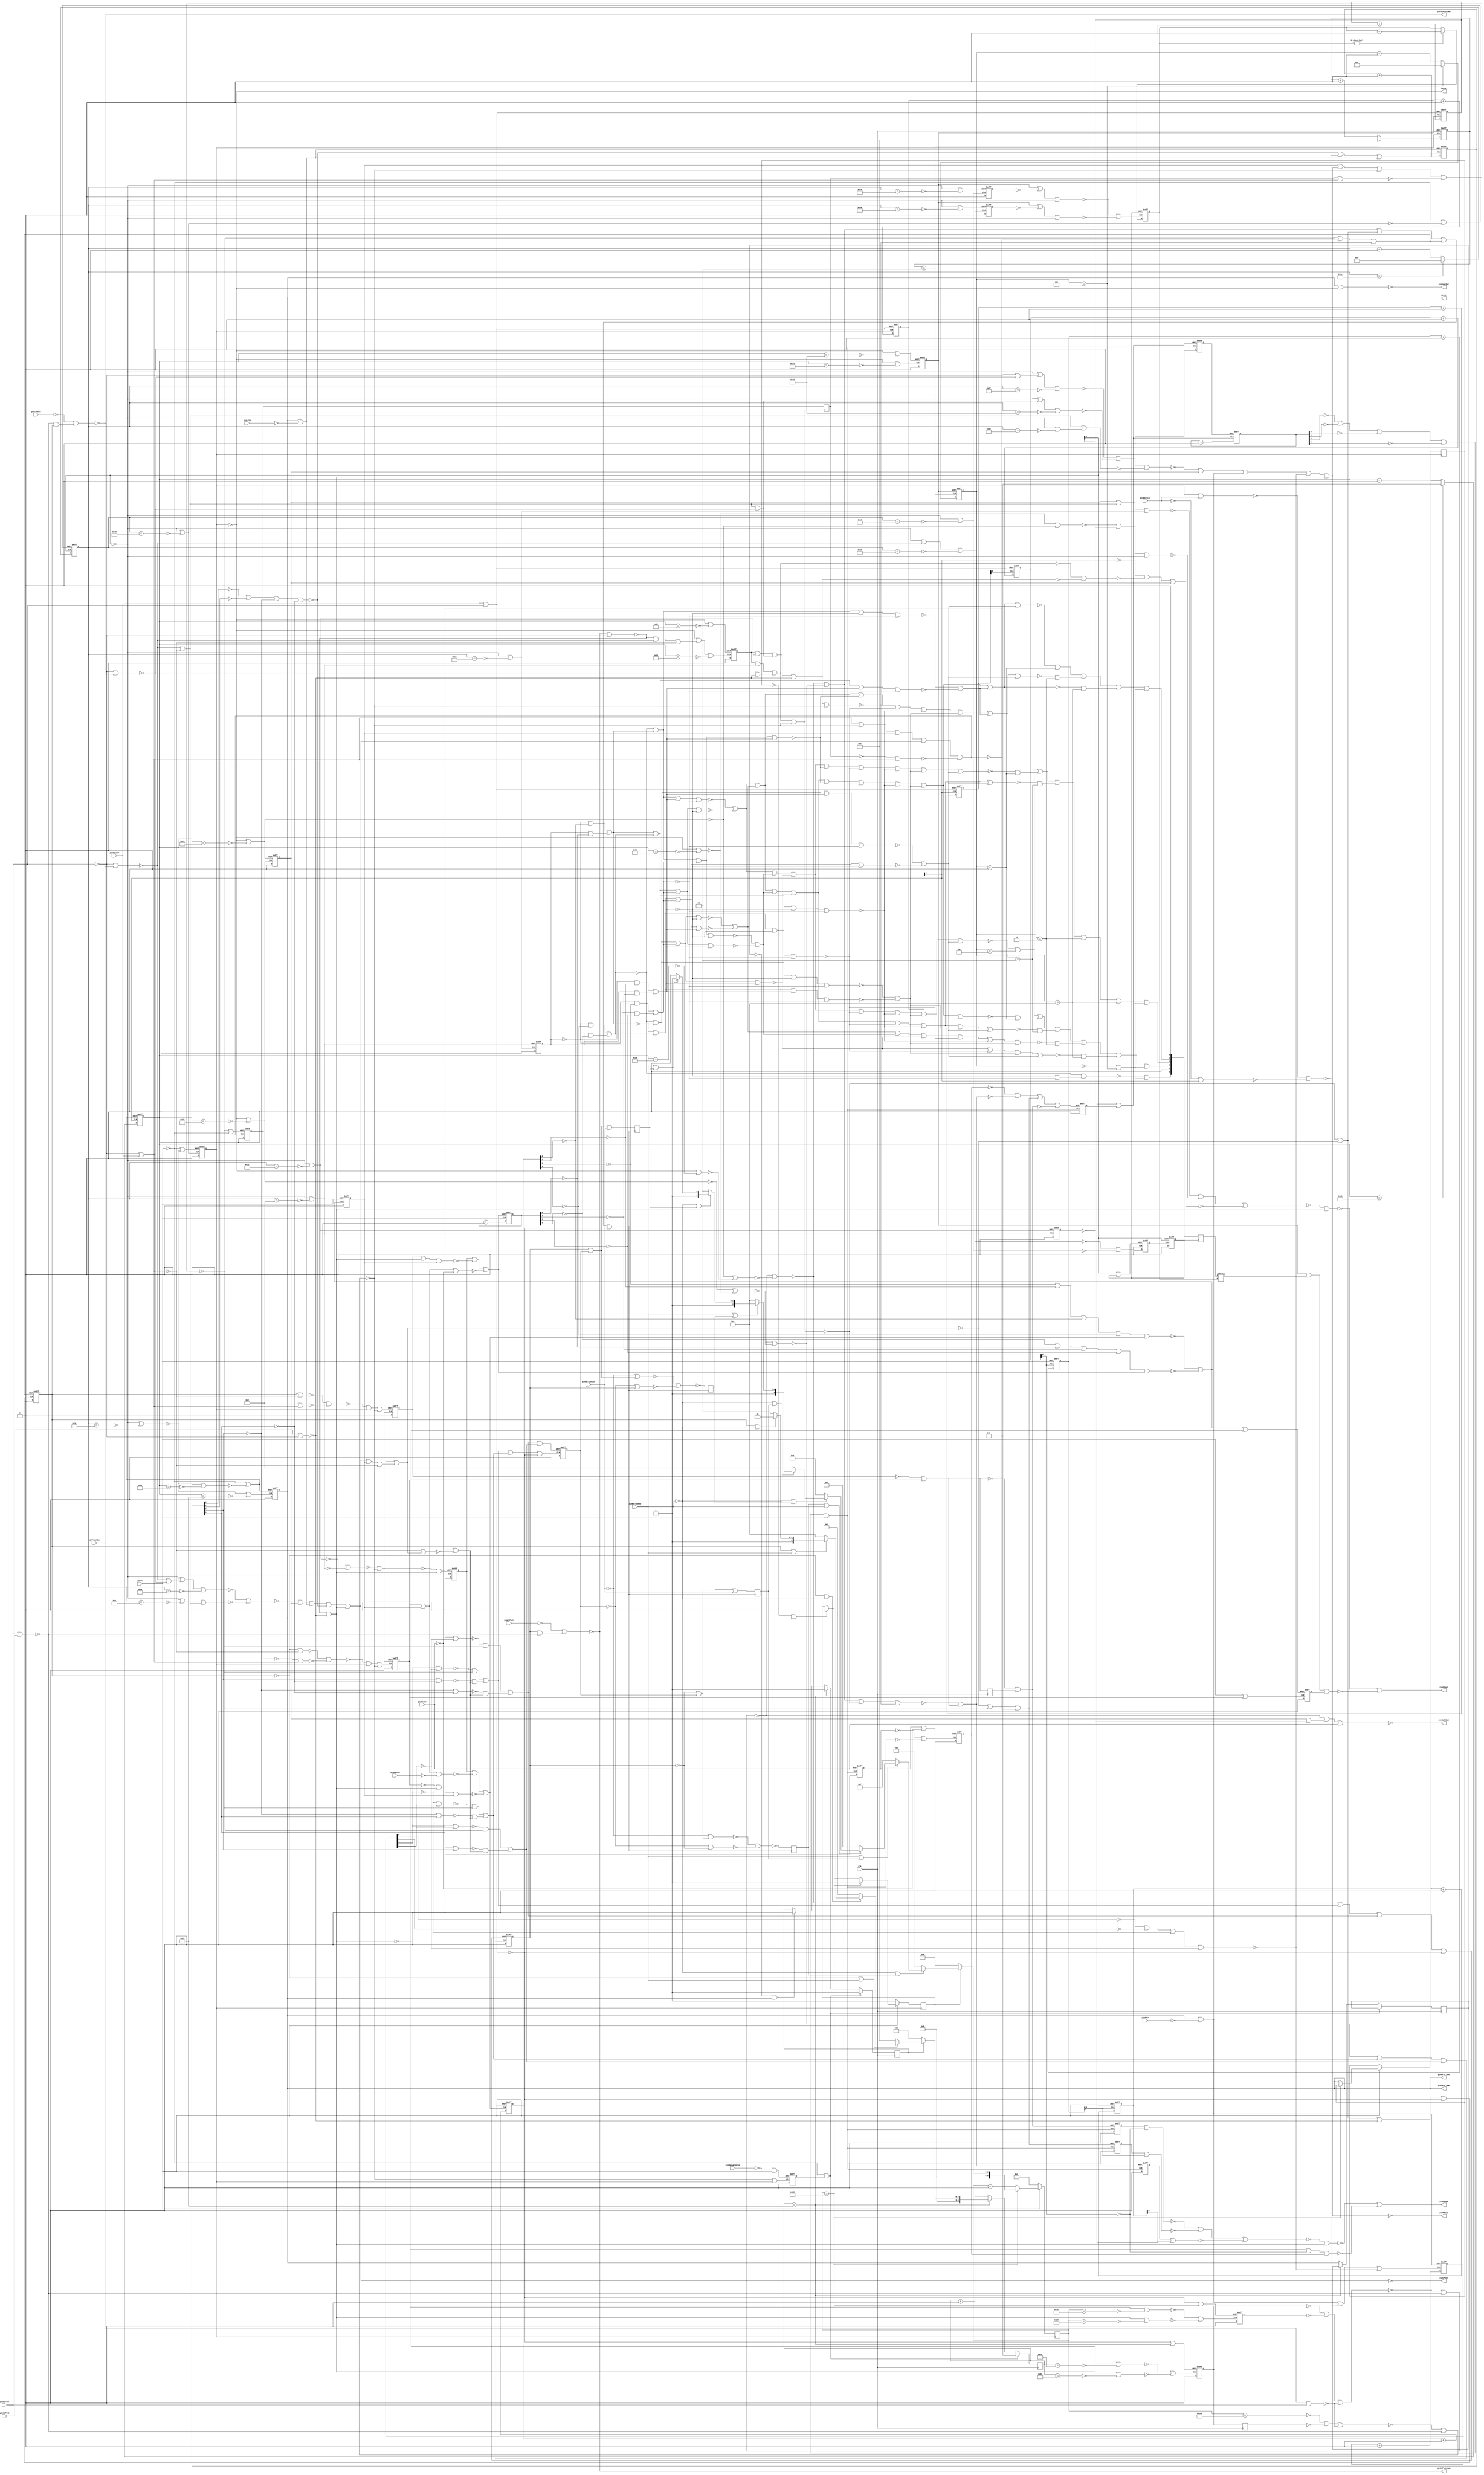
module ay38500NTSC(
	output pinRPout,
	output pinLPout,
	output pinBallOut,
	input pinManualServe,
	output pinRPin_DWN,
	input pinRPin,
	input pinBallAngle,
	output pinLPin_DWN,
	input pinLPin,
	input pinBatSize,
	input pinBallSpeed,
	output pinSyncOut,
	output pinSound,
	input clk,
	input pinHitIn,
	output pinRifle1_DWN,
	input pinRifle1,
	input pinRifle2,
	input pinShotIn,
	output pinTennis_DWN,
	input pinTennis,
	output pinSFout,
	input pinSoccer,
	input pinSquash,
	input pinPractice,
	input reset,
        output vsync,
        output hsync);

	assign vsync = flop6;
	assign hsync=  !flop7;

	assign pinRPout = !or28;
	assign pinLPout = !or38;
	assign pinBallOut = !or2;
	assign pinRPin_DWN = flop6;//MC: The ORs were bypassed 
	assign pinLPin_DWN = flop6;
	assign pinSyncOut = !or56;
	assign pinSound = or69;
	assign pinRifle1_DWN = !or150;
	assign pinTennis_DWN = !or211;
	assign pinSFout = or212;
	wire pulser0 = flop6;
	wire pulser1 = (!or170 | pulser1_delay);
	reg pulser1_delay = 0;
	always @(negedge clk) begin
		pulser1_delay <= or170;
	end
	reg flop0 = 0;
	always @(posedge clk) begin
		flop0 <= flop2;
	end
	reg flop1 = 0;
	wire flop1_reset = !or213 | counter5_2268;
	wire flop1_set = !or3 | !or6;
	always @(posedge flop1_reset or posedge flop1_set) begin
		if(flop1_reset)
			flop1 <= 0;
		else
			flop1 <= 1;
	end
	reg flop2 = 0;
	wire flop2_reset = !or213 | counter4_2130;
	wire flop2_set = !or18 | !or19;
	always @(posedge flop2_reset or posedge flop2_set) begin
		if(flop2_reset)
			flop2 <= 0;
		else
			flop2 <= 1;
	end
	reg flop3 = 0;
	wire flop3_reset = !or4;
	wire flop3_set = !pinManualServe & reset;//MC: set/reset priority have been reversed + reset added to flop3_set's OR
	always @(posedge flop3_set or posedge flop3_reset) begin
		if(flop3_set)
			flop3 <= 0;
		else
			flop3 <= 1;
	end
	reg flop4 = 0;
	wire flop4_reset = !or16 | or24 | or27 | !or213;
	wire flop4_set = !or15 | or23 | or22;
	always @(posedge flop4_reset or posedge flop4_set) begin
		if(flop4_reset)
			flop4 <= 0;
		else
			flop4 <= 1;
	end
	reg flop5 = 0;
	wire flop5_reset = or27 | or22;
	wire flop5_set = or24 | or23 | !or213;
	always @(posedge flop5_reset or posedge flop5_set) begin
		if(flop5_reset)
			flop5 <= 0;
		else
			flop5 <= 1;
	end
	reg flop6 = 0;
	wire flop6_reset = !reset | !or88;
	wire flop6_set = !or86;
	always @(posedge flop6_reset or posedge flop6_set) begin
		if(flop6_reset)
			flop6 <= 0;
		else
			flop6 <= 1;
	end
	reg flop7 = 0;
	wire flop7_reset = !reset | !or63;
	wire flop7_set = !or74;
	always @(posedge flop7_reset or posedge flop7_set) begin
		if(flop7_reset)
			flop7 <= 0;
		else
			flop7 <= 1;
	end
	reg flop8 = 0;
	always @(negedge or8) begin
		flop8 <= or55;
	end
	reg flop9 = 0;
	always @(negedge or8) begin
		flop9 <= !or49;
	end
	reg flop10 = 0;
	always @(negedge or8) begin
		flop10 <= or66;
	end
	reg flop11 = 0;
	always @(negedge or8) begin
		flop11 <= !or51;
	end
	reg flop12 = 0;
	wire flop12_reset = !or92;
	wire flop12_set = !or90;
	always @(posedge flop12_reset or posedge flop12_set) begin
		if(flop12_reset)
			flop12 <= 0;
		else
			flop12 <= 1;
	end
	reg flop13 = 0;
	wire flop13_reset = !or169;
	wire flop13_set = !flop26 | !and18;
	always @(posedge flop13_reset or posedge flop13_set) begin
		if(flop13_reset)
			flop13 <= 0;
		else
			flop13 <= 1;
	end
	reg flop14 = 0;
	wire flop14_reset = !pulser1;
	wire flop14_set = !and18;
	always @(posedge flop14_reset or posedge flop14_set) begin
		if(flop14_reset)
			flop14 <= 0;
		else
			flop14 <= 1;
	end
	reg flop15 = 0;
	wire flop15_reset = !or135;
	wire flop15_set = !or136;
	always @(posedge flop15_reset or posedge flop15_set) begin
		if(flop15_reset)
			flop15 <= 0;
		else
			flop15 <= 1;
	end
	reg flop16 = 0;
	wire flop16_reset = or144;
	wire flop16_set = !and18;
	always @(posedge flop16_reset or posedge flop16_set) begin
		if(flop16_reset)
			flop16 <= 0;
		else
			flop16 <= 1;
	end
	reg flop17 = 0;
	wire flop17_reset = or149;
	wire flop17_set = or127 | !or153 | !or213;
	always @(posedge flop17_reset or posedge flop17_set) begin
		if(flop17_reset)
			flop17 <= 0;
		else
			flop17 <= 1;
	end
	reg flop18 = 0;
	wire flop18_reset = !reset;
	wire flop18_set = !or193 | !or200;
	always @(posedge flop18_reset or posedge flop18_set) begin
		if(flop18_reset)
			flop18 <= 0;
		else
			flop18 <= 1;
	end
	reg flop19 = 0;
	wire flop19_reset = !or155;
	wire flop19_set = !and18;
	always @(posedge flop19_reset or posedge flop19_set) begin
		if(flop19_reset)
			flop19 <= 0;
		else
			flop19 <= 1;
	end
	reg flop20 = 0;
	wire flop20_reset = !or143;
	wire flop20_set = !or142;
	always @(posedge flop20_reset or posedge flop20_set) begin
		if(flop20_reset)
			flop20 <= 0;
		else
			flop20 <= 1;
	end
	reg flop21 = 0;
	wire flop21_reset = or146;
	wire flop21_set = !or138;
	always @(posedge flop21_reset or posedge flop21_set) begin
		if(flop21_reset)
			flop21 <= 0;
		else
			flop21 <= 1;
	end
	reg flop22 = 0;
	always @(posedge or152) begin
		flop22 <= flop21;
	end
	reg flop23 = 0;
	wire flop23_reset = !or70;
	wire flop23_set = !or68;
	always @(posedge flop23_reset or posedge flop23_set) begin
		if(flop23_reset)
			flop23 <= 0;
		else
			flop23 <= 1;
	end
	reg flop24 = 0;
	wire flop24_reset = !ripple_ctr9_2;
	wire flop24_set = flop25;
	always @(posedge flop24_reset or posedge flop24_set) begin
		if(flop24_reset)
			flop24 <= 0;
		else
			flop24 <= 1;
	end
	reg flop25 = 0;
	wire flop25_reset = !ripple_ctr9_2 | flop24;
	wire flop25_set = !or141;
	always @(posedge flop25_reset or posedge flop25_set) begin
		if(flop25_reset)
			flop25 <= 0;
		else
			flop25 <= 1;
	end
	reg flop26 = 0;
	wire flop26_reset = !pinHitIn;
	wire flop26_set = !and18;
	always @(posedge flop26_reset or posedge flop26_set) begin
		if(flop26_reset)
			flop26 <= 0;
		else
			flop26 <= 1;
	end
	reg flop27 = 0;
	wire flop27_reset = !or199;
	wire flop27_set = !or166;
	always @(posedge flop27_reset or posedge flop27_set) begin
		if(flop27_reset)
			flop27 <= 0;
		else
			flop27 <= 1;
	end
	reg flop28 = 0;
	wire flop28_reset = !or124;
	wire flop28_set = !or70;
	always @(posedge flop28_reset or posedge flop28_set) begin
		if(flop28_reset)
			flop28 <= 0;
		else
			flop28 <= 1;
	end
	reg flop29 = 0;
	wire flop29_reset = !or164;
	wire flop29_set = !or199;
	always @(posedge flop29_reset or posedge flop29_set) begin
		if(flop29_reset)
			flop29 <= 0;
		else
			flop29 <= 1;
	end
	reg flop30 = 0;
	wire flop30_reset = !or199 | or205;
	wire flop30_set = !reset;
	always @(posedge flop30_reset or posedge flop30_set) begin
		if(flop30_reset)
			flop30 <= 0;
		else
			flop30 <= 1;
	end
	reg flop31 = 0;
	wire flop31_reset = !or188;
	wire flop31_set = !and18;
	always @(posedge flop31_reset or posedge flop31_set) begin
		if(flop31_reset)
			flop31 <= 0;
		else
			flop31 <= 1;
	end
	reg flop32 = 0;
	wire flop32_reset = !flop13 | !or155 | or144 | !pulser1;
	wire flop32_set = !and18;
	always @(posedge flop32_reset or posedge flop32_set) begin
		if(flop32_reset)
			flop32 <= 0;
		else
			flop32 <= 1;
	end
	reg flop33 = 0;
	wire flop33_reset = !or193 | !or200 | !or205;
	wire flop33_set = !or210;
	always @(posedge flop33_reset or posedge flop33_set) begin
		if(flop33_reset)
			flop33 <= 0;
		else
			flop33 <= 1;
	end
	reg flop34 = 0;
	wire flop34_reset = !or181;
	wire flop34_set = !or177;
	always @(posedge flop34_reset or posedge flop34_set) begin
		if(flop34_reset)
			flop34 <= 0;
		else
			flop34 <= 1;
	end
	reg flop35 = 0;
	wire flop35_reset = !or168;
	wire flop35_set = !or178;
	always @(posedge flop35_reset or posedge flop35_set) begin
		if(flop35_reset)
			flop35 <= 0;
		else
			flop35 <= 1;
	end
	wire and0 = !or26 & !or147;
	wire and1 = !or29 & or118;
	wire and2 = !or31 & !or147;
	wire and3 = !or34 & or118;
	wire and4 = !or36 & !or147;
	wire and5 = !or39 & or118;
	wire and6 = !or42 & !or147;
	wire and7 = !or43 & or118;
	wire and8 = !or117 & or0;
	wire and9 = !flop23 & ripple_ctr1_4;
	wire and10 = flop23 & ripple_ctr0_4;
	wire and11 = !flop23 & ripple_ctr1_3;
	wire and12 = flop23 & ripple_ctr0_3;
	wire and13 = !flop23 & ripple_ctr1_2;
	wire and14 = flop23 & ripple_ctr0_2;
	wire and15 = !flop23 & ripple_ctr1_5;
	wire and16 = flop23 & ripple_ctr0_5;
	wire and17 = flop4 & !or214;
	wire and18 = or1 & reset;
	wire and19 = !or214 & flop17;
	wire or0 = !or72 | !or73;
	wire or1 = ripple_ctr4_4 | ripple_ctr4_3 | ripple_ctr4_2 | ripple_ctr4_5;
	wire or2 = !or13 | or196 | pinHitIn;
	wire or3 = !or205 | !counter5_2254;
	wire or4 = !or176 | flop7;
	wire or5 = !counter5_2265 | !flop0 | !or209;
	wire or6 = or205 | !counter5_2263;
	wire or7 = !flop2 | !flop1 | !or209;
	wire or8 = !or16 | !or15 | or127 | or149 | !or213;
	wire or9 = pinBallSpeed | flop8;
	wire or10 = flop9 | pinBallSpeed;
	wire or11 = pinBallSpeed | flop11;
	wire or12 = !pinBallSpeed | flop10;
	wire or13 = !or7 | !or214;
	wire or14 = flop6 | !pinRPin;
	wire or15 = !or13 | !or195;
	wire or16 = !or13 | !or65;
	wire or17 = !or16 | !or15 | !or152 | !or67;
	wire or18 = !or205 | !counter4_2125;
	wire or19 = or205 | !counter4_2128;
	wire or20 = !ripple_ctr7_2 | !ripple_ctr7_3 | !ripple_ctr7_4 | !ripple_ctr7_5;
	wire or21 = or14 | !or54 | !or20;
	wire or22 = and6 | and7;
	wire or23 = and4 | and5;
	wire or24 = and2 | and3;
	wire or25 = !ripple_ctr8_2 | !ripple_ctr8_3 | !ripple_ctr8_4 | !ripple_ctr8_5;
	wire or26 = !ripple_ctr7_4 | !ripple_ctr7_5;
	wire or27 = and0 | and1;
	wire or28 = !or120 | flop34 | or14 | !or20 | or205;
	wire or29 = !ripple_ctr8_4 | !ripple_ctr8_5;
	wire or30 = !flop5 | !flop4;
	wire or31 = ripple_ctr7_4 | !ripple_ctr7_5;
	wire or32 = !flop17 | pinBallSpeed;
	wire or33 = !flop5 | flop4;
	wire or34 = ripple_ctr8_4 | !ripple_ctr8_5;
	wire or35 = !flop4 | flop5;
	wire or36 = !ripple_ctr7_4 | ripple_ctr7_5;
	wire or37 = !flop17 | !pinBallSpeed;
	wire or38 = !or119 | flop34 | or48 | !or25 | or205;
	wire or39 = !ripple_ctr8_4 | ripple_ctr8_5;
	wire or40 = flop17 | pinBallSpeed;
	wire or41 = flop4 | flop5;
	wire or42 = ripple_ctr7_4 | ripple_ctr7_5;
	wire or43 = ripple_ctr8_5 | ripple_ctr8_4;
	wire or44 = flop17 | !pinBallSpeed;
	wire or45 = !or25 | !or54 | or48;
	wire or46 = !pinBallAngle | or41;
	wire or47 = !pinBallAngle | or35;
	wire or48 = flop6 | !pinLPin;
	wire or49 = !or47 | !or30;
	wire or50 = !or32 | !or37 | !or40 | !or44 | !reset;
	wire or51 = !or46 | !or33;
	wire or52 = !pinBatSize | !ripple_ctr10_2;
	wire or53 = flop7 | pinBatSize;
	wire or54 = !or53 | !or52;
	wire or55 = or35 | pinBallAngle;
	wire or56 = flop6 | !flop7;
	wire or57 = !reset | !or74;
	wire or58 = !reset | !or88;
	wire or59 = !pinBallSpeed | flop9;
	wire or60 = pinBallSpeed | flop10;
	wire or61 = !pinBallSpeed | flop8;
	wire or62 = !pinBallSpeed | flop11;
	wire or63 = ripple_ctr9_2 | !counter2_2060;
	wire or64 = ripple_ctr9_2 | !counter2_2048;
	wire or65 = !or181 | !or71;
	wire or66 = or41 | pinBallAngle;
	wire or67 = or158 | !or176;
	wire or68 = ripple_ctr9_2 | !counter2_2031;
	wire or69 = !or130 | !or133;
	wire or70 = ripple_ctr9_2 | !counter2_2013;
	wire or71 = !flop7 | !counter3_2020;
	wire or72 = and11 | and12;
	wire or73 = and9 | and10;
	wire or74 = ripple_ctr9_2 | !counter2_2064;
	wire or75 = !or117 | !or112 | !or72 | !or73;
	wire or76 = or107 | or106 | or105 | !or95 | !or96 | !or97 | !or98 | or110 | or109;
	wire or77 = or107 | or106 | !or96 | !or97 | !or98 | or110 | or109 | or108;
	wire or78 = or107 | or106 | or105 | !or95 | !or96 | !or97 | !or98 | or110 | or109 | or108;
	wire or79 = or107 | or106 | or105 | !or95 | !or97 | !or98 | or108;
	wire or80 = or107 | or105 | !or95 | !or96 | !or97 | !or98 | or110 | or108;
	wire or81 = or107 | or105 | !or95 | !or97 | !or98 | or110 | or108;
	wire or82 = !or95 | !or97 | or110 | or108;
	wire or83 = or107 | or106 | or105 | !or95 | !or97 | !or98 | or110 | or108;
	wire or84 = or106 | or105 | !or95 | !or97 | !or98 | or110;
	wire or85 = or107 | or106 | or105 | !or95 | !or96 | !or97 | !or98 | or110 | or108;
	wire or86 = !or63 | !counter3_2129;
	wire or87 = !or117 | or112 | !or72 | !or73;
	wire or88 = !or63 | !counter3_2131;
	wire or89 = !or117 | !or112 | or72 | !or73;
	wire or90 = !flop7 | !counter3_2034;
	wire or91 = !or117 | or112 | or72 | !or73;
	wire or92 = !flop7 | !counter3_2022;
	wire or93 = !or117 | !or112 | or73 | !or72;
	wire or94 = !or117 | or112 | or73 | !or72;
	wire or95 = !or117 | !or112 | or73 | or72;
	wire or96 = !or117 | or112 | or73 | or72;
	wire or97 = !or112 | or117 | !or72 | !or73;
	wire or98 = or112 | or117 | !or72 | !or73;
	wire or99 = !or112 | or117 | or72 | !or73;
	wire or100 = or112 | or117 | or72 | !or73;
	wire or101 = !or112 | or117 | or73 | !or72;
	wire or102 = or112 | or117 | or73 | !or72;
	wire or103 = !or112 | or117 | or73 | or72;
	wire or104 = or112 | or117 | or73 | or72;
	wire or105 = !or94 | !or104;
	wire or106 = !or93 | !or103;
	wire or107 = !or91 | !or102;
	wire or108 = !or89 | !or101;
	wire or109 = !or87 | !or100;
	wire or110 = !or75 | !or99;
	wire or111 = counter1_2000 | counter1_2006;
	wire or112 = and13 | and14;
	wire or113 = !and8 | or111;
	wire or114 = mux2_100 | or111;
	wire or115 = mux0_100 | or111;
	wire or116 = mux1_100 | or111;
	wire or117 = and15 | and16;
	wire or118 = !or138 | !or128;
	wire or119 = !or137 | !or132;
	wire or120 = !or123 | !or122 | !or126;
	wire or121 = ripple_ctr9_2 | !counter2_2014;
	wire or122 = ripple_ctr9_2 | or204 | !counter2_2022;
	wire or123 = ripple_ctr9_2 | or206 | !counter2_2039;
	wire or124 = ripple_ctr9_2 | !counter2_2049;
	wire or125 = flop18 | or28;
	wire or126 = or202 | or64;
	wire or127 = !or148 | !or134;
	wire or128 = !or191 | or134;
	wire or129 = or38 | flop18 | !or191;
	wire or130 = !or131 | or205;
	wire or131 = !or139 | !or140 | !or151;
	wire or132 = or121 | or202;
	wire or133 = !or205 | ripple_ctr3_2 | flop13;
	wire or134 = !or176 | or129;
	wire or135 = ripple_ctr9_2 | !counter2_2029;
	wire or136 = ripple_ctr9_2 | !counter2_2024;
	wire or137 = ripple_ctr9_2 | or207 | !counter2_2040;
	wire or138 = or191 | !or176 | flop18 | or38 | !or165;
	wire or139 = flop14 | ripple_ctr3_2;
	wire or140 = flop16 | !ripple_ctr5_2;
	wire or141 = !or142 | !or136;
	wire or142 = ripple_ctr9_2 | !or189 | !counter2_2033;
	wire or143 = ripple_ctr9_2 | !counter2_2038;
	wire or144 = !or134 | !or147 | !or138;
	wire or145 = !or182 | !or172;
	wire or146 = !or147 | !reset;
	wire or147 = or125 | !or176 | !or167;
	wire or148 = or161 | !or176;
	wire or149 = !or147 | !or138 | !or67;
	wire or150 = !pinRifle1 | and17;
	wire or151 = flop19 | !ripple_ctr6_2;
	wire or152 = !or176 | or161;
	wire or153 = pinRifle2 | !pinSoccer;
	wire or154 = !flop17 | !or191;
	wire or155 = !or17 | or170;
	wire or156 = !flop21 | or191;
	wire or157 = !or154 | !or156;
	wire or158 = flop35 | or124 | or204 | !or153;
	wire or159 = flop17 | !or191;
	wire or160 = flop34 | or202 | or68;
	wire or161 = flop35 | or70 | or203;
	wire or162 = flop21 | or191;
	wire or163 = !or159 | !or162;
	wire or164 = !or163 | flop7 | !or176;
	wire or165 = !flop22 | or191;
	wire or166 = !or157 | flop7 | !or176;
	wire or167 = flop22 | or191;
	wire or168 = !flop7 | !counter3_2096;
	wire or169 = flop26 | !pinHitIn;
	wire or170 = !flop29 | flop27;
	wire or171 = !or161 | !or158;
	wire or172 = flop12 | !flop20 | ripple_ctr9_2;
	wire or173 = !flop27 | or205 | flop18;
	wire or174 = ripple_ctr10_2 | !or171 | flop34;
	wire or175 = !or124 | !or70;
	wire or176 = !or5 | !or214;
	wire or177 = !flop7 | !counter3_2117;
	wire or178 = !flop7 | or208 | !counter3_2041;
	wire or179 = !or205 | flop18 | !pinShotIn;
	wire or180 = !flop7 | !counter3_2116;
	wire or181 = !flop7 | !counter3_2021;
	wire or182 = flop12 | !flop15 | ripple_ctr9_2;
	wire or183 = flop30 | !or179 | !or173;
	wire or184 = !or160 | !or198 | !or174;
	wire or185 = !or150 | !pinSoccer;
	wire or186 = flop29 | or205 | flop18;
	wire or187 = !or184 | or205;
	wire or188 = !ripple_ctr6_2 | flop32;
	wire or189 = !pinSoccer | pinPractice;
	wire or190 = !or205 | flop18 | !pinHitIn;
	wire or191 = !pinSoccer | pinSquash;
	wire or192 = flop30 | !or186 | !or190;
	wire or193 = ripple_ctr1_4 | ripple_ctr1_3 | ripple_ctr1_2 | ripple_ctr1_5 | or183;
	wire or194 = !or180 | !or181;
	wire or195 = !or177 | !or180;
	wire or196 = flop34 | !flop28;
	wire or197 = flop12 | shift_reg0_104 | flop33;
	wire or198 = !or194 | !flop28 | ripple_ctr9_2;
	wire or199 = !or175 | !or176;
	wire or200 = ripple_ctr0_5 | ripple_ctr0_2 | ripple_ctr0_3 | ripple_ctr0_4 | or192;
	wire or201 = !pinSoccer | !or211;
	wire or202 = !or189 | !or191;
	wire or203 = !or201 | !or153;
	wire or204 = !or189 | !or191 | !or201;
	wire or205 = !or185 | !or153;
	wire or206 = !pinSoccer | !or201;
	wire or207 = !or189 | !or201;
	wire or208 = !or185 | !or189 | !or191;
	wire or209 = pinPractice | pinSoccer;
	wire or210 = reset | !or205;
	wire or211 = !pinTennis | and19;
	wire or212 = !or187 | !or197;
	wire or213 = pinSquash | pinSoccer;
	wire or214 = pinSoccer | pinRifle2;
	reg [5:0] shift_reg0 = 0;
	reg [3:0] shift_reg0_spot = 0;
/* verilator lint_off WIDTH */
	wire shift_reg0_104 = shift_reg0[shift_reg0_spot];
/* verilator lint_on WIDTH */
	always @(negedge or145 or posedge flop24) begin
		if(flop24) begin
			shift_reg0_spot <= 5;
		end
		else if(shift_reg0_spot!=0) begin
			shift_reg0_spot <= shift_reg0_spot - 1;
		end
	end
	//MC: This block had to be manually changed
	always @(posedge flop24) begin
		shift_reg0[0:0] <= 1;
		shift_reg0[1:1] <= or115;
		shift_reg0[2:2] <= or116;
		shift_reg0[3:3] <= or114;
		shift_reg0[4:4] <= 1;
		shift_reg0[5:5] <= or113;
	end
	//MC: All ripple counter outputs (except paddle ones) have inverted resets & outputs
	reg [4:0] ripple_ctr0 = 0;
	wire ripple_ctr0_2 = !ripple_ctr0[0:0];
	wire ripple_ctr0_3 = !ripple_ctr0[1:1];
	wire ripple_ctr0_4 = !ripple_ctr0[2:2];
	wire ripple_ctr0_5 = !ripple_ctr0[3:3];
	always @(posedge or192 or negedge reset) begin
		if(!reset)
			ripple_ctr0 <= 0;
		else
			ripple_ctr0 <= ripple_ctr0 + 1;
	end

	reg [4:0] ripple_ctr1 = 0;
	wire ripple_ctr1_2 = !ripple_ctr1[0:0];
	wire ripple_ctr1_3 = !ripple_ctr1[1:1];
	wire ripple_ctr1_4 = !ripple_ctr1[2:2];
	wire ripple_ctr1_5 = !ripple_ctr1[3:3];
	always @(posedge or183 or negedge reset) begin
		if(!reset)
			ripple_ctr1 <= 0;
		else
			ripple_ctr1 <= ripple_ctr1 + 1;
	end

	reg [1:0] ripple_ctr2 = 0;
	wire ripple_ctr2_2 = !ripple_ctr2[0:0];
	always @(negedge ripple_ctr10_2 or negedge or213) begin
		if(!or213)
			ripple_ctr2 <= 0;
		else
			ripple_ctr2 <= ripple_ctr2 + 1;
	end

	reg [1:0] ripple_ctr3 = 0;
	wire ripple_ctr3_2 = !ripple_ctr3[0:0];
	always @(negedge ripple_ctr2_2 or negedge or213) begin
		if(!or213)
			ripple_ctr3 <= 0;
		else
			ripple_ctr3 <= ripple_ctr3 + 1;
	end

	reg [4:0] ripple_ctr4 = 0;
	wire ripple_ctr4_2 = !ripple_ctr4[0:0];
	wire ripple_ctr4_3 = !ripple_ctr4[1:1];
	wire ripple_ctr4_4 = !ripple_ctr4[2:2];
	wire ripple_ctr4_5 = !ripple_ctr4[3:3];
	always @(negedge or188 or posedge flop31) begin
		if(flop31)
			ripple_ctr4 <= 0;
		else
			ripple_ctr4 <= ripple_ctr4 + 1;
	end

	reg [1:0] ripple_ctr5 = 0;
	wire ripple_ctr5_2 = !ripple_ctr5[0:0];
	always @(negedge ripple_ctr3_2 or negedge reset) begin
		if(!reset)
			ripple_ctr5 <= 0;
		else
			ripple_ctr5 <= ripple_ctr5 + 1;
	end

	reg [1:0] ripple_ctr6 = 0;
	wire ripple_ctr6_2 = !ripple_ctr6[0:0];
	always @(negedge ripple_ctr5_2 or negedge reset) begin
		if(!reset)
			ripple_ctr6 <= 0;
		else
			ripple_ctr6 <= ripple_ctr6 + 1;
	end

	reg [4:0] ripple_ctr7 = 0;
	wire ripple_ctr7_2 = ripple_ctr7[0:0];
	wire ripple_ctr7_3 = ripple_ctr7[1:1];
	wire ripple_ctr7_4 = ripple_ctr7[2:2];
	wire ripple_ctr7_5 = ripple_ctr7[3:3];
	always @(negedge or21 or posedge or14) begin
		if(or14)
			ripple_ctr7 <= 0;
		else
			ripple_ctr7 <= ripple_ctr7 + 1;
	end

	reg [4:0] ripple_ctr8 = 0;
	wire ripple_ctr8_2 = ripple_ctr8[0:0];
	wire ripple_ctr8_3 = ripple_ctr8[1:1];
	wire ripple_ctr8_4 = ripple_ctr8[2:2];
	wire ripple_ctr8_5 = ripple_ctr8[3:3];
	always @(negedge or45 or posedge or48) begin
		if(or48)
			ripple_ctr8 <= 0;
		else
			ripple_ctr8 <= ripple_ctr8 + 1;
	end

	reg [1:0] ripple_ctr9 = 0;
	wire ripple_ctr9_2 = !ripple_ctr9[0:0];
	always @(negedge clk or negedge or213) begin
		if(!or213)
			ripple_ctr9 <= 0;
		else
			ripple_ctr9 <= ripple_ctr9 + 1;
	end

	reg [1:0] ripple_ctr10 = 0;
	wire ripple_ctr10_2 = !ripple_ctr10[0:0];
	always @(posedge flop7 or negedge or213) begin
		if(!or213)
			ripple_ctr10 <= 0;
		else
			ripple_ctr10 <= ripple_ctr10 + 1;
	end

	//MC: Add flop12 reset
	reg [2:0] counter0 = 0;
	wire counter0_2003 = (counter0==3);
	always @(negedge flop7 or posedge flop12) begin
		if(flop12)
			counter0 <= 0;		
		else if(counter0==3)
			counter0 <= 0;
		else
			counter0 <= counter0 + 1;
	end
	reg [3:0] counter1 = 0;
	wire counter1_2005 = (counter1==5);
	wire counter1_2003 = (counter1==3);
	wire counter1_2006 = (counter1==6);
	wire counter1_2000 = (counter1==0);
	wire counter1_2001 = (counter1==1);
	wire counter1_2002 = (counter1==2);
	wire counter1_2004 = (counter1==4);
	always @(negedge counter0_2003 or posedge flop12) begin
		if(flop12)
			counter1 <= 0;
		else if(counter1==6)
			counter1 <= 0;
		else
			counter1 <= counter1 + 1;
	end
	reg [7:0] counter2 = 0;
	wire counter2_2038 = (counter2==38);
	wire counter2_2033 = (counter2==33);
	wire counter2_2029 = (counter2==29);
	wire counter2_2049 = (counter2==49);
	wire counter2_2022 = (counter2==22);
	wire counter2_2064 = (counter2==64);
	wire counter2_2048 = (counter2==48);
	wire counter2_2040 = (counter2==40);
	wire counter2_2039 = (counter2==39);
	wire counter2_2031 = (counter2==31);
	wire counter2_2024 = (counter2==24);
	wire counter2_2014 = (counter2==14);
	wire counter2_2013 = (counter2==13);
	wire counter2_2060 = (counter2==60);
	always @(posedge ripple_ctr9_2 or posedge or57) begin
		if(or57)
			counter2 <= 0;
		else if(counter2==126)
			counter2 <= 0;
		else
			counter2 <= counter2 + 1;
	end
	reg [8:0] counter3 = 0;
	wire counter3_2129 = (counter3==129);
	wire counter3_2131 = (counter3==131);
	wire counter3_2117 = (counter3==117);
	wire counter3_2096 = (counter3==96);
	wire counter3_2022 = (counter3==22);
	wire counter3_2020 = (counter3==20);
	wire counter3_2116 = (counter3==116);
	wire counter3_2041 = (counter3==41);
	wire counter3_2034 = (counter3==34);
	wire counter3_2021 = (counter3==21);
	always @(posedge ripple_ctr10_2 or posedge or58) begin
		if(or58)
			counter3 <= 0;
		else if(counter3==216)
			counter3 <= 0;
		else
			counter3 <= counter3 + 1;
	end
	//MC: Multiple changes to jumping counters
	reg [8:0] counter4 = 0;
	reg counter4_delay = 0;
	reg counter4_jump = 0;
	wire counter4_2130 = (counter4==129);
	wire counter4_2125 = (counter4==125);
	wire counter4_2128 = (counter4==128);
	always @(posedge clk) begin
		if(!reset | flop3) begin
			counter4 <= 0;
			counter4_jump <= 0;
		end
		else begin
			if(counter4==129) begin
				counter4 <= !counter4_jump ? 2 : !or32 ? 0 : !or37 ? 1 : !or40 ? 4 : !or44 ? 3 : 0;//MC: 3 & 4 changed to 4 & 5
				counter4_jump <= 0;
			end
			else begin
				counter4_delay <= pulser0;
				if(!counter4_delay && pulser0)
					counter4_jump <= 1;
				counter4 <= counter4 + 1;
			end
		end
	end

	reg [9:0] counter5 = 0;
	reg counter5_delay = 0;
	reg counter5_jump = 0;
	wire counter5_2254 = (counter5==254);
	wire counter5_2263 = (counter5==263);
	wire counter5_2265 = (counter5==265);
	wire counter5_2268 = (counter5==267);
	always @(negedge flop7) begin
		if(!reset) begin
			counter5 <= 0;
			counter5_jump <= 0;
		end
		else begin
			if(counter5==267) begin//Values > non-jump must be increased by 4?
				counter5 <= !counter5_jump ? 6 : !or59 ? 11 : !or9 ? 15 : !or10 ? 12 : !or62 ? 5 : !or61 ? 13 : !or11 ? 4 : !or12 ? 3 : !or60 ? 1 : 0;
				counter5_jump <= 0;
			end
			else begin
				counter5_delay <= pulser0;
				if(!counter5_delay && pulser0)
					counter5_jump <= 1;
				counter5 <= counter5 + 1;
			end
		end
	end
	wire mux0_100 = (!or78 & counter1_2001) | (!or77 & counter1_2002) | (!or76 & counter1_2004);
	//MC: Some changes to this line
	wire mux1_100 = (!or81 & counter1_2005) | (!or80 & counter1_2001) | (!or79 & counter1_2003) | counter1_2002 | counter1_2004;//constants had to be added manually
	wire mux2_100 = (!or81 & counter1_2005) | (!or85 & counter1_2001) | (!or83 & counter1_2003) | (!or84 & counter1_2002) | (!or82 & counter1_2004);
endmodule